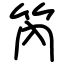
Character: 笍